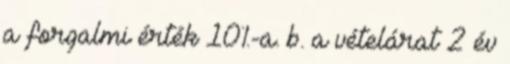
a forgalmi érték 10%-a. b. a vételárat 2 év